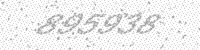
Solution: 895938